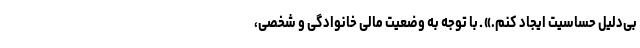
بی‌دلیل حساسیت ایجاد کنم.» ـ با توجه به وضعیت مالی خانوادگی و شخصی،‌